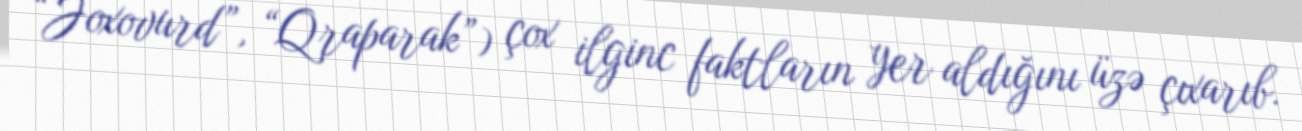
“Joxovurd”, “Qraparak”) çox ilginc faktların yer aldığını üzə çıxarıb.